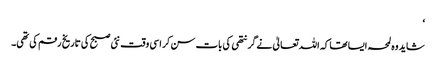
‘
شاید وہ لمحہ ایسا تھا کہ اللہ تعالیٰ نے گرنتھی کی بات سن کر اسی وقت نئی صبح کی تاریخ رقم کی تھی۔